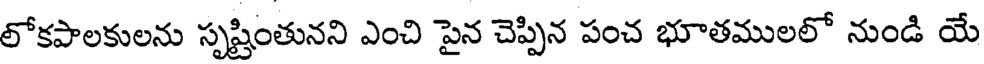
లోకపాలకులను సృష్టింతునని ఎంచి పైన చెప్పిన పంచ భూతములలో నుండి యే